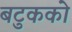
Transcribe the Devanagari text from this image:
बटुकको